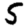
Digit: 5